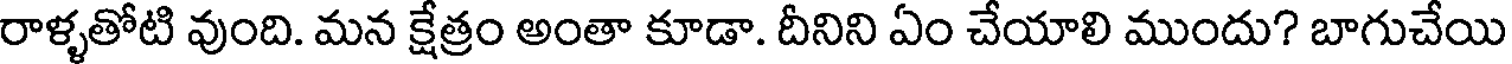
రాళ్ళతోటి వుంది. మన క్షేత్రం అంతా కూడా. దీనిని ఏం చేయాలి ముందు? బాగుచేయి